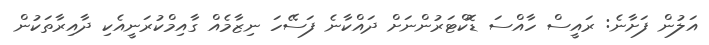
އަލުން ފަށާނެ: ރައީސް ހާއްސަ ޑޮކްޓަރުންނަށް ދައްކާނެ ފަސޭހަ ނިޒާމެއް ގާއިމްކުރަނީއެކި ދާއިރާތަކުން